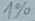
Text: 1%